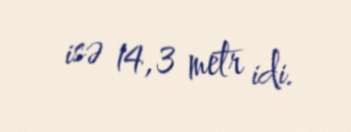
isə 14,3 metr idi.